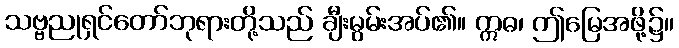
သဗ္ဗညုရှင်တော်ဘုရားတို့သည် ချီးမွမ်းအပ်၏။ ဣဓ၊ ဤမြေအဖို့၌။